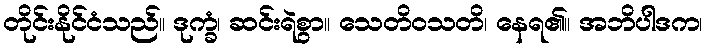
တိုင်းနိုင်ငံသည်။ ဒုက္ခံ၊ ဆင်းရဲစွာ။ သေတိဝသတိ၊ နေရ၏။ အဘိပါဒက၊